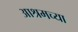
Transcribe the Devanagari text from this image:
आश्रमच्या